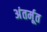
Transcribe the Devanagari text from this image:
अंतर्मूत